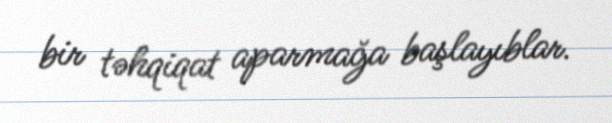
bir təhqiqat aparmağa başlayıblar.